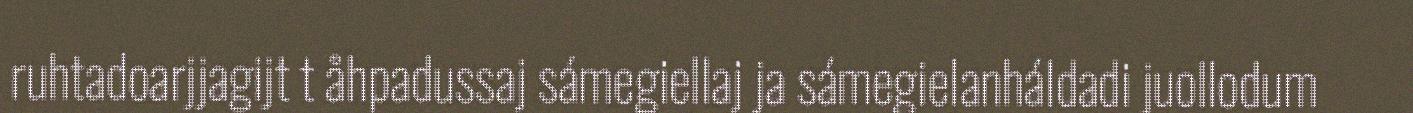
ruhtadoarjjagijt t åhpadussaj sámegiellaj ja sámegielanháldadi juollodum